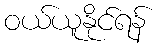
ဝယ်ယူနိုင်ရန်